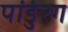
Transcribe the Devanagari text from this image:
पांडुंरग